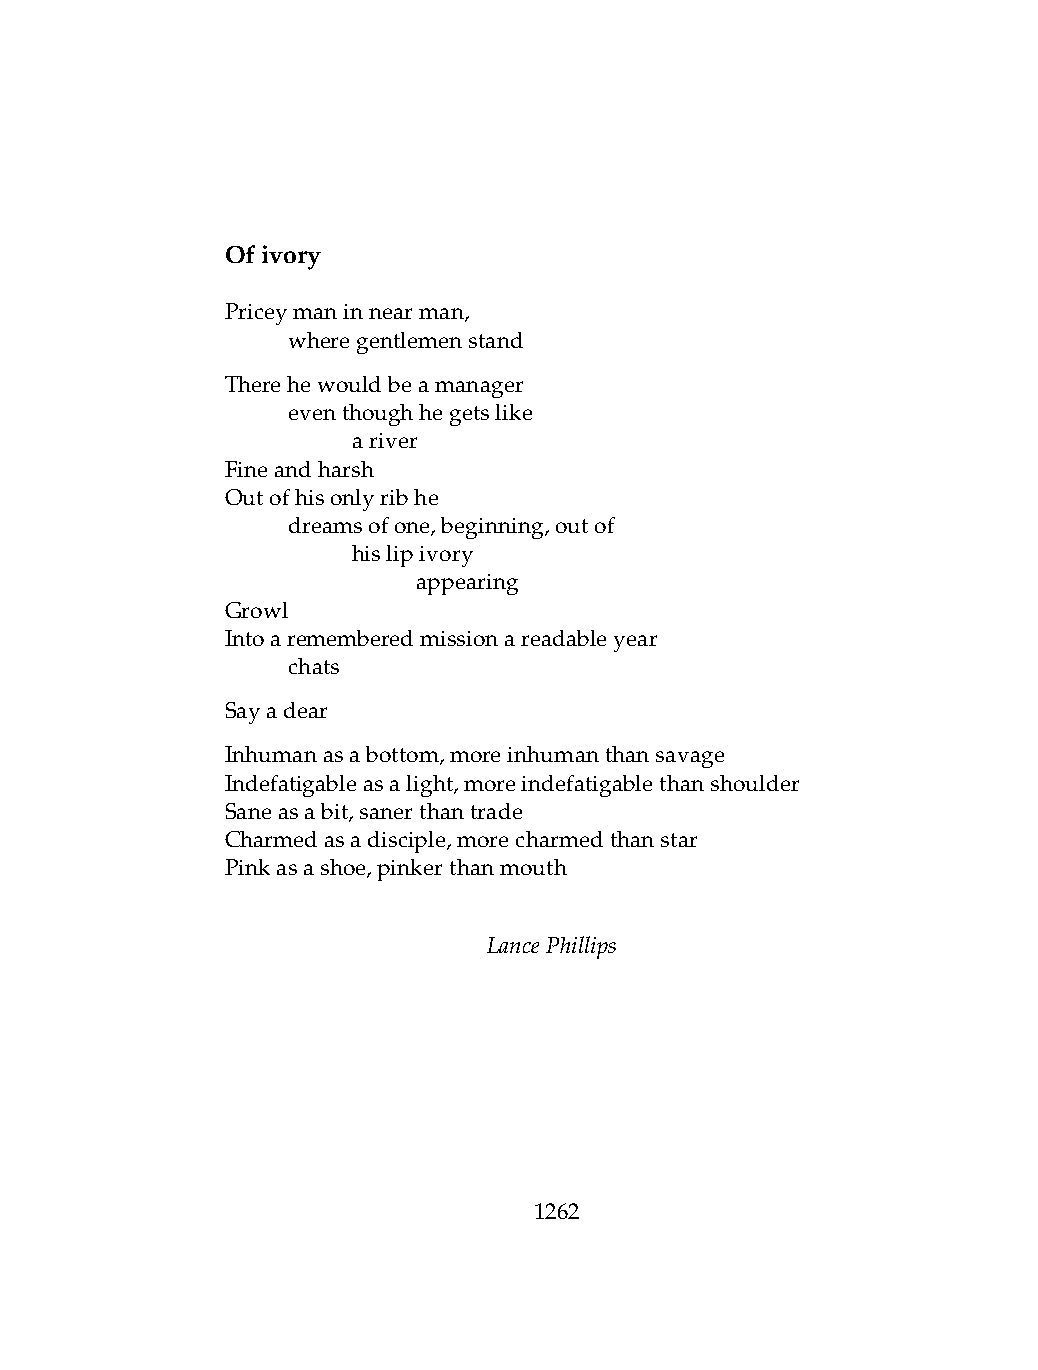
Ofivory
 Priceymaninnearman,
 .   wheregentlemenstand
 Therehewouldbeamanager
 .   eventhoughhegetslike
 .   .   ariver
 Fineandharsh
 Outofhisonlyribhe
 .   dreamsofone,beginning,outof
 .   .   hislipivory
 .   .   .    appearing
 Growl
 Intoarememberedmissionareadableyear
 .   chats
 Sayadear
 Inhumanasabottom,moreinhumanthansavage
 Indefatigableasalight,moreindefatigablethanshoulder
 Saneasabit,sanerthantrade
 Charmedasadisciple,morecharmedthanstar
 Pinkasashoe,pinkerthanmouth
 LancePhillips
 1262